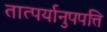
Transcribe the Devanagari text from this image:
तात्पर्यानुपपत्ति